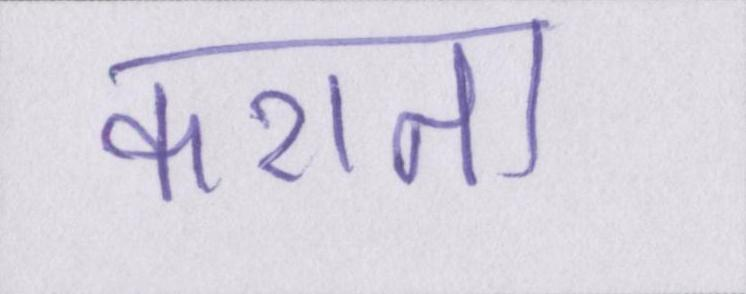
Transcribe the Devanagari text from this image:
कराता